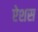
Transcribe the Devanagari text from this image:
ऐशस